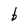
Character: b